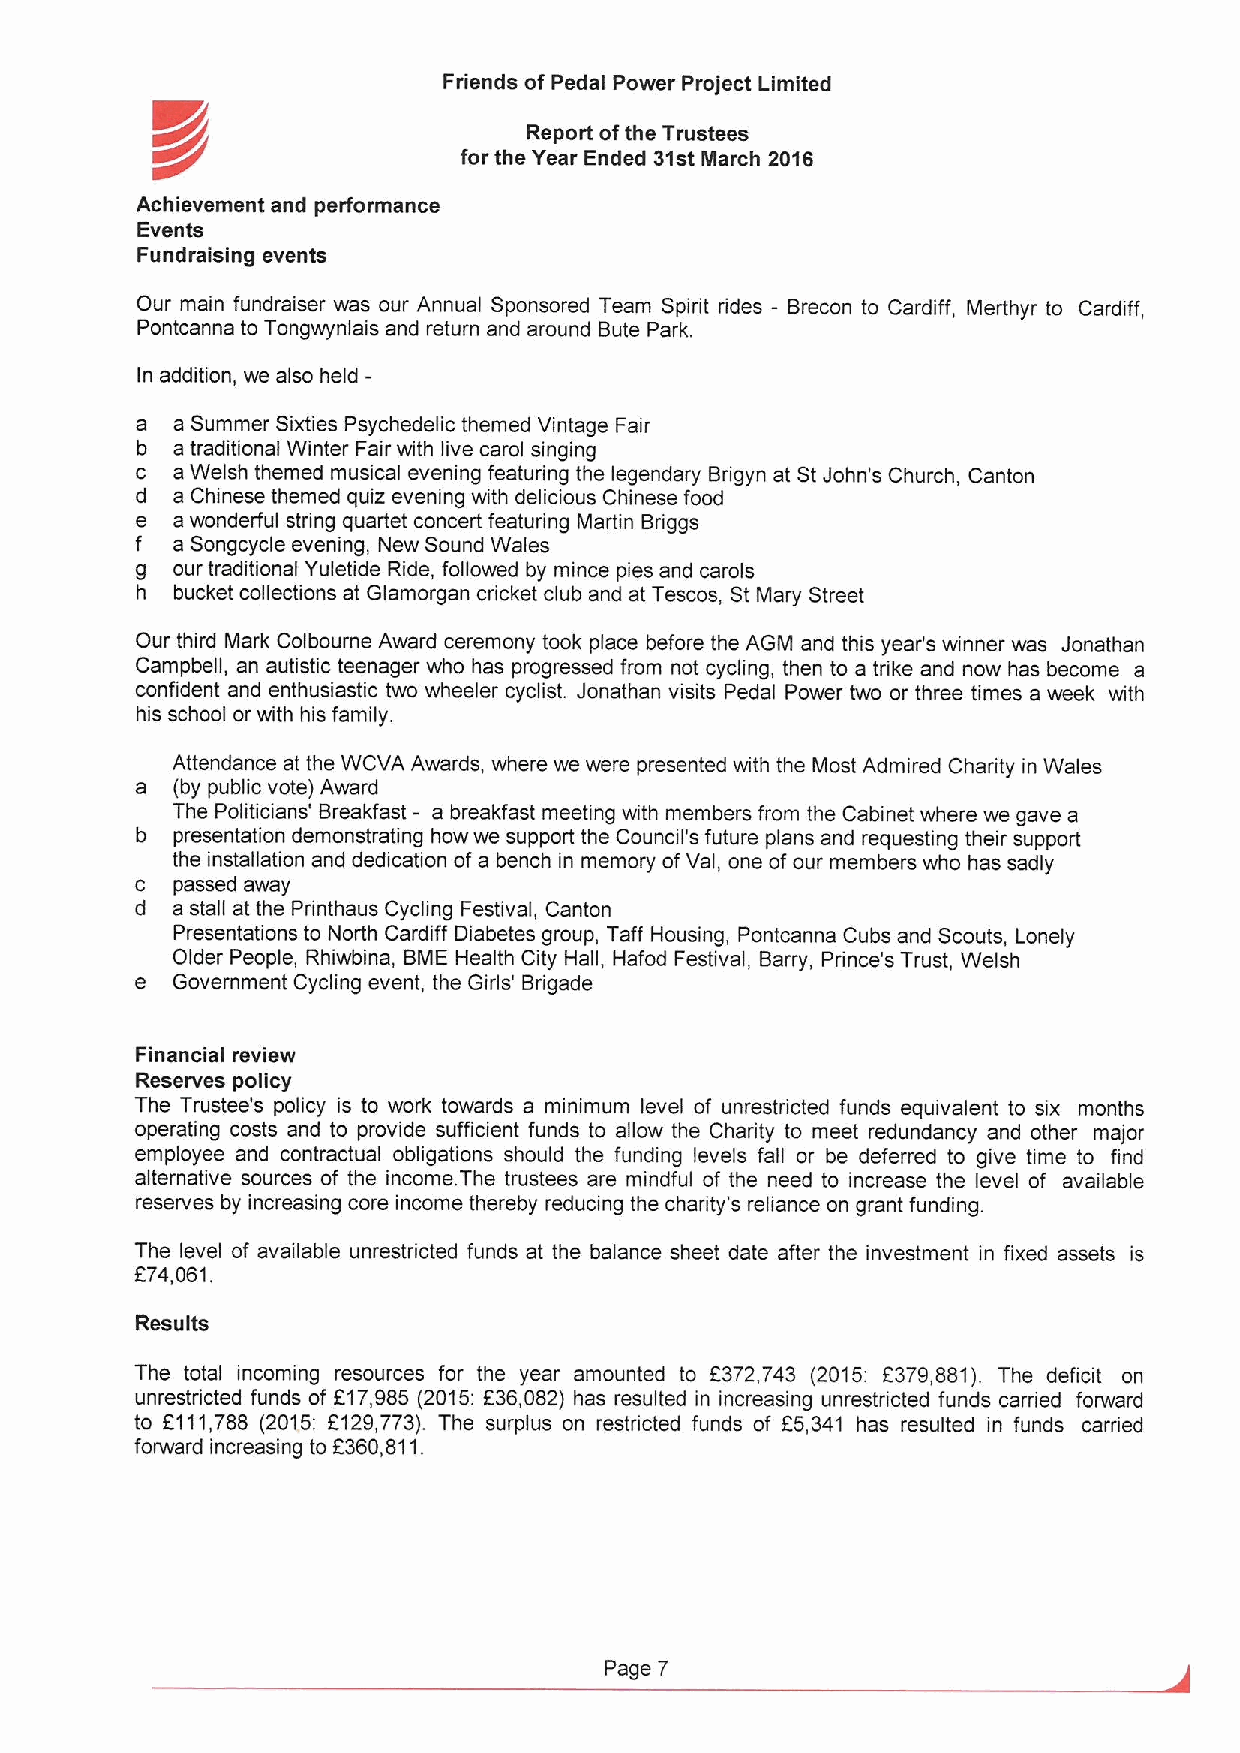
Friends of Pedal Power Project Limited
 K/p                      Report ofthe Trustees
 for the Year Ended 31stMarch 2016
 Achievement and performance
 Events
 Fundraising events
 Our main fundraiser was our Annual Sponsored Team Spirit rides - Brecon to Cardiff, Merthyr to Cardiff,
 Pontcanna to Tongwynlais and return and around Bute Park.
 In addition, we also held
 a a Summer Sixties Psychedelic themed Vintage Fair
 b a traditional Winter Fair with live carol singing
 c a Welsh themed musical evening featuring the legendary Brigyn at St John's Church, Canton
 d a Chinese themed quiz evening with delicious Chinese food
 e a wonderful string quartet concert featuring Martin Briggs
 f a Songcycle evening, New Sound Wales
 g our traditional Yuletide Ride, followed by mince pies and carols
 h  bucket collections at Glamorgan cricket club and at Tescos, St Mary Street
 Our third Mark Colbourne Award ceremony took place before the AGM and this year's winner was Jonathan
 Campbell, an autistic teenager who has progressed from not cycling, then to a trike and now has become a
 confident and enthusiastic two wheeler cyclist. Jonathan visits Pedal Power two or three times a week with
 his school or with his family.
 Attendance at the WCVA Awards, where we were presented with the Most Admired Charity in Wales
 a (by public vote) Award
 The Politicians' Breakfast - a breakfast meeting with members from the Cabinet where we gave a
 b presentation demonstrating how we support the Council's future plans and requesting their support
 the installation and dedication ofa bench in memory ofVal, one ofour members who has sadly
 c passed away
 d a stall at the Printhaus Cycling Festival, Canton
 Presentations to North Cardiff Diabetes group, Taff Housing, Pontcanna Cubs and Scouts, Lonely
 Older People, Rhiwbina, BME Health City Hall, Hafod Festival, Barry, Prince's Trust, Welsh
 e Government Cycling event, the Girls' Brigade
 Financial review
 Reserves policy
 The Trustee's policy is to work towards a minimum level of unrestricted funds equivalent to six months
 operating costs and to provide sufficient funds to allow the Charity to meet redundancy and other major
 employee and contractual obligations should the funding levels fall or be deferred to give time to find
 alternative sources of the income. The trustees are mindful of the need to increase the level of available
 reserves by increasing core income thereby reducing the charity's reliance on grant funding.
 The level of available unrestricted funds at the balance sheet date after the investment in fixed assets is
 674,061.
 Results
 The total incoming resources for the year amounted to 6372,743 (2015: 2379,881). The deficit on
 unrestricted funds of f17,985 (2015:636,082) has resulted in increasing unrestricted funds carried forward
 to 6111,788 (2015: 6129,773). The surplus on restricted funds of F5,341 has resulted in funds carried
 forward increasing to 6360,811.
 Page 7